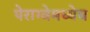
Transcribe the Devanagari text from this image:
पेराग्वेमध्येच